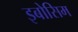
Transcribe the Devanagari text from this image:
इबोसिम